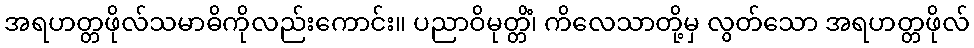
အရဟတ္တဖိုလ်သမာဓိကိုလည်းကောင်း။ ပညာဝိမုတ္တိံ၊ ကိလေသာတို့မှ လွတ်သော အရဟတ္တဖိုလ်